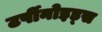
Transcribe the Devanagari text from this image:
टर्पीनोइड्स